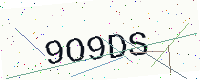
Text: 9O9DS